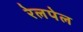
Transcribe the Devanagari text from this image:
रेलपेल